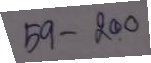
59 - 200